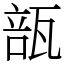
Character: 瓿